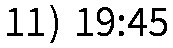
11) 19:45